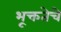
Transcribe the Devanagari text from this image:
भूक्ततेचे